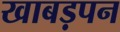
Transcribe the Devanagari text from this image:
खाबड़पन